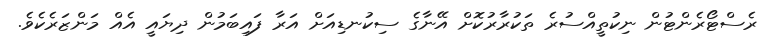
ރެސްޓޯރެންޓުން ނިކުތީއްސުރެ ތަކުރާރުކޮށް އޭނާގެ ސިކުނޑިއަށް އަރާ ފައިބަމުން ދިޔައީ އެއް މަންޒަރެކެވެ.